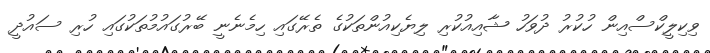
ވިކިލީކްސްއިން ހުކުރު ދުވަހު ޝާއިއުކުރި ލިޔެކިއުންތަކުގެ ތެރޭގައި ހިމެނެނީ ބޭރުގައުމުތަކުގައި ހުރި ސައުދީ